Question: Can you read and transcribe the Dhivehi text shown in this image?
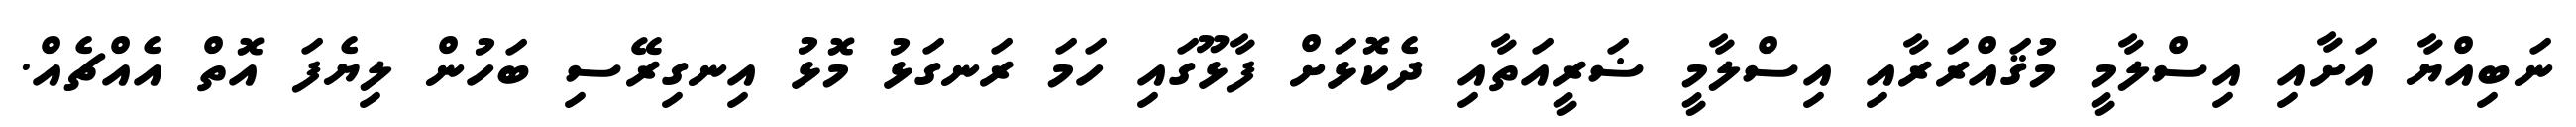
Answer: ނަބިއްޔާ އަށާއި އިސްލާމީ މުޤައްރަރާއި އިސްލާމީ ޟަރީއަތާއި ދެކޮޅަށް ފާޅޫގައި ހަމަ ރަނގަޅު މޮޅު އިނގިރޭސި ބަހުން ލިޔެފަ އޮތް އެއްޗެއް.